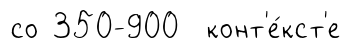
со 350-900 конт'е́кст'е